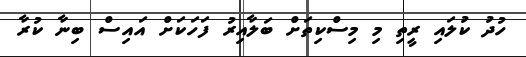
ހުދު ކުލައި ރީތި މި މިސްކިތަށް ބަލާއިރު ފަހަކަށް އައިސް ބިނާ ކުރާ